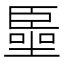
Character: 𠽺